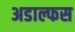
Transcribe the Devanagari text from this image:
अडाल्फस